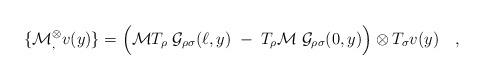
LaTeX: \begin{align*}\{{\cal M}{}^\otimes_, v(y)\} =\Bigl({\cal M}T_\rho\; {\cal G}_{\rho\sigma}(\ell,y)\;-\;T_\rho {\cal M}\;{\cal G}_{\rho\sigma}(0,y)\Bigr)\otimes T_\sigma v(y)\quad ,\end{align*}